Civil Veterinary Dept. North-West Frontier Province 1923-32 - 1923-1932
Year: 1923
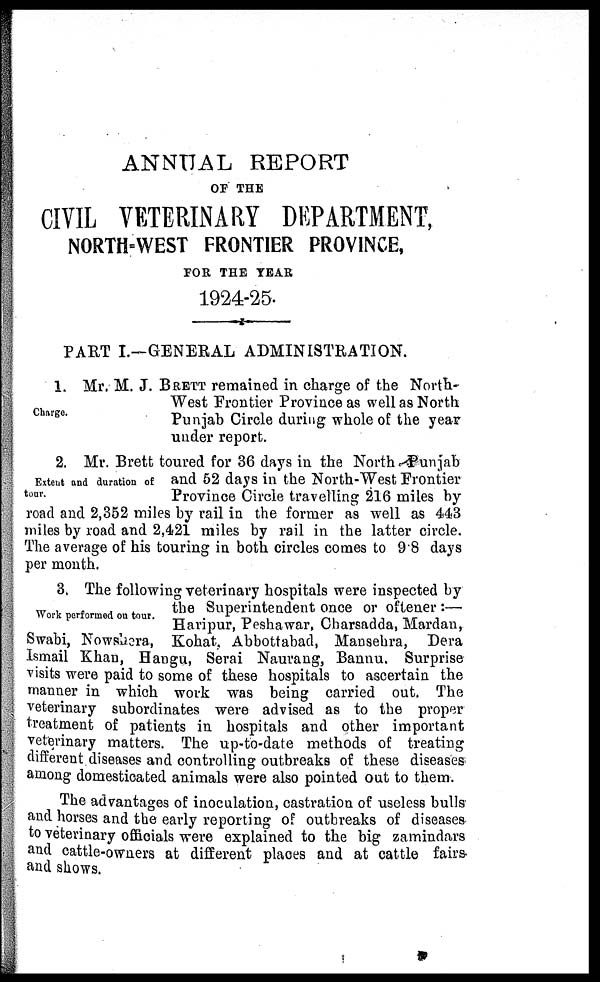
ANNUAL REPORT
OF THE
CIVIL VETERINARY DEPARTMENT,
NORTH-WEST FRONTIER PROVINCE,
FOR THE YEAR
1924-25.
PART I.—GENERAL ADMINISTRATION.
Charge.
1. Mr. M. J. BRETT remained in charge of the North-
West Frontier Province as well as North
Punjab Circle during whole of the year
under report.
Extent and duration of
tour.
2. Mr. Brett toured for 36 days in the North Punjab
and 52 days in the North-West Frontier
Province Circle travelling 216 miles by-
road and 2,352 miles by rail in the former as well as 443
miles by road and 2,421 miles by rail in the latter circle.
The average of his touring in both circles comes to 9.8 days
per month.
Work performed on tour.
3. The following veterinary hospitals were inspected by
the Superintendent once or oftener:—
Haripur, Peshawar, Charsadda, Mardan,
Swabi, Nowsbera, Kohat, Abbottabad, Mansebra, Dera
Ismail Khan, Hangu, Serai Naurang, Bannu. Surprise
visits were paid to some of these hospitals to ascertain the
manner in which work was being carried out. The
veterinary subordinates were advised as to the proper
treatment of patients in hospitals and other important
veterinary matters. The up-to-date methods of treating
different diseases and controlling outbreaks of these diseases
among domesticated animals were also pointed out to them.
The advantages of inoculation, castration of useless bulls
and horses and the early reporting of outbreaks of diseases
to veterinary officials were explained to the big zamindars
and cattle-owners at different places and at cattle fairs
and shows.